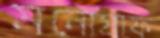
মনোগ্রাফ